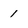
Character: 1